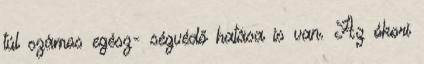
túl számos egész- ségvédő hatása is van. Az ókori